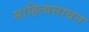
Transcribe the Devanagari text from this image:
साहित्यसाधन